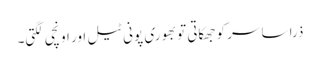
ذرا سا سر کو جھکاتی تو بھوری پونی ٹیل اور اونچی لگتی۔